Report of veterinary surgeon J.H. Steel, A.V.D., on his investigation into an obscure and fatal disease among transport mules in British Burma
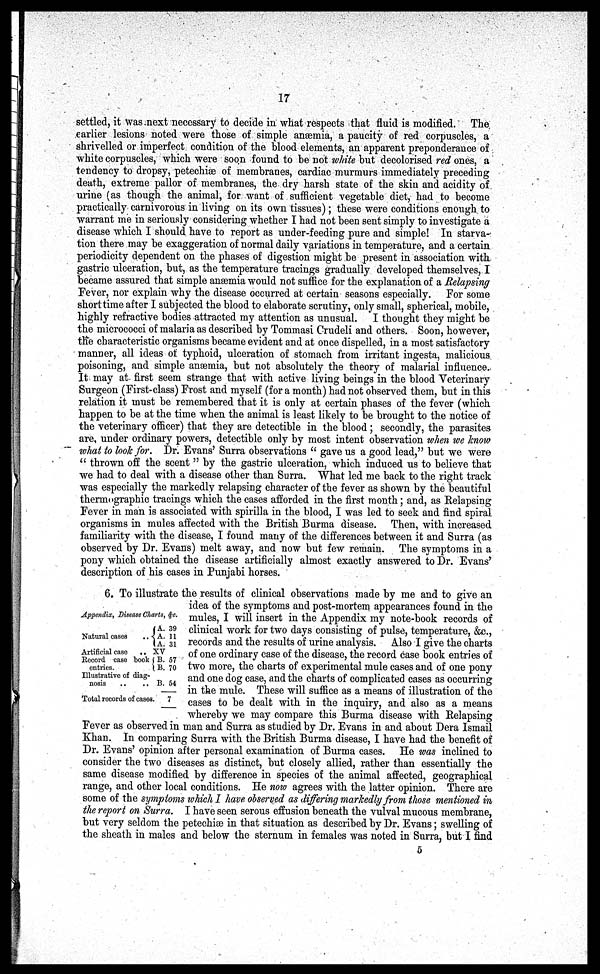
17
settled, it was next necessary to decide in what respects that fluid is modified. The
earlier lesions noted were those of simple anaemia, a paucity of red corpuscles, a
shrivelled or imperfect condition of the blood elements, an apparent preponderance of
white corpuscles, which were soon found to be not white but decolorised red ones, a
tendency to dropsy, petechiæ of membranes, cardiac murmurs immediately preceding
death, extreme pallor of membranes, the dry harsh state of the skin and acidity of
urine (as though the animal, for want of sufficient vegetable diet, had to become
practically carnivorous in living on its own tissues); these were conditions enough to
warrant me in seriously considering whether I had not been sent simply to investigate a
disease which I should have to report as under-feeding pure and simple! In starva-
tion there may be exaggeration of normal daily variations in temperature, and a certain
periodicity dependent on the phases of digestion might be present in association with
gastric ulceration, but, as the temperature tracings gradually developed themselves, I
became assured that simple anaemia would not suffice for the explanation of a Relapsing
Fever, nor explain why the disease occurred at certain seasons especially. For some
short time after I subjected the blood to elaborate scrutiny, only small, spherical, mobile,
highly refractive bodies attracted my attention as unusual. I thought they might be
the micrococci of malaria as described by Tommasi Crudeli and others. Soon, however,
the characteristic organisms became evident and at once dispelled, in a most satisfactory
manner, all ideas of typhoid, ulceration of stomach from irritant ingesta, malicious
poisoning, and simple anaemia, but not absolutely the theory of malarial influence.
It may at- first seem strange that with active living beings in the blood Veterinary
Surgeon (First-class) Frost and myself (for a month) had not observed them, but in this
relation it must be remembered that it is only at certain phases of the fever (which
happen to be at the time when the animal is least likely to be brought to the notice of
the veterinary officer) that they are detectable in the blood; secondly, the parasites
are, under ordinary powers, detectible only by most intent observation when we know
what to look for. Dr. Evans' Surra observations " gave us a good lead," but we were
" thrown off the scent " by the gastric ulceration, which induced us to believe that
we had to deal with a disease other than Surra. What led me back to the right track
was especially the markedly relapsing character of the fever as shown by the beautiful
thermographic tracings which the cases afforded in the first month; and, as Relapsing
Fever in man is associated with spirilla in the blood, I was led to seek and find spiral
organisms in mules affected with the British Burma disease. Then, with increased
familiarity with the disease, I found many of the differences between it and Surra (as
observed by Dr. Evans) melt away, and now but few remain. The symptoms in a
pony which obtained the disease artificially almost exactly answered to Dr. Evans'
description of his cases in Punjabi horses.
6. To illustrate the results of clinical observations made by me and to give an
idea of the symptoms and post-mortem appearances found in the
mules, I will insert in the Appendix my note-book records of
clinical work for two days consisting of pulse, temperature, &c.,
records and the results of urine analysis. Also I give the charts
of one ordinary case of the disease, the record case book entries of
two more, the charts of experimental mule cases and of one pony
and one dog case, and the charts of complicated cases as occurring
in the mule. These will suffice as a means of illustration of the
cases to be dealt with in the inquiry, and also as a means
whereby we may compare this Burma disease with Relapsing
Fever as observed in man and Surra as studied by Dr. Evans in and about Dera Ismail
Khan. In comparing Surra with the British Burma disease, I have had the benefit of
Dr. Evans' opinion after personal examination of Burma cases. He was inclined to
consider the two diseases as distinct, but closely allied, rather than essentially the
same disease modified by difference in species of the animal affected, geographical
range, and other local conditions. He now agrees with the latter opinion. There are
some of the symptoms which I have observed as differing markedly from those mentioned in
the report on Surra. I have seen serous effusion beneath the vulval mucous membrane,
but very seldom the petechiæ in that situation as described by Dr. Evans; swelling of
the sheath in males and below the sternum in females was noted in Surra, but I find
Appendix, Disease Charts,
Natural cases
Artificial case
..
Record case book
entries.
Illustrative of diag-
nosis
..
A.
A. A.
XV
B. B.
B.
Total records of cases.
&c.
39
11
31
57
70
54
7
5